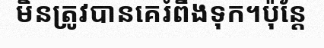
មិនត្រូវបានគេរំពឹងទុក។ប៉ុន្តែ